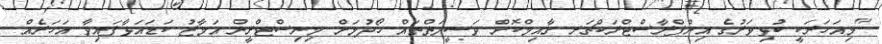
"މިއަހަރަކީ ކުޅިވަރުގެ އިންފްރާސްޓްރަކްޗަރ ގާއިމްކޮށް ވަސީލަތްތައް ހޯދުމަށް މިނިސްޓްރީން އަމާޒު ކަޑައަޅާފައިވާ އަހަރެއް.